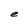
Character: e